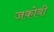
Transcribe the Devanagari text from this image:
जकोबी